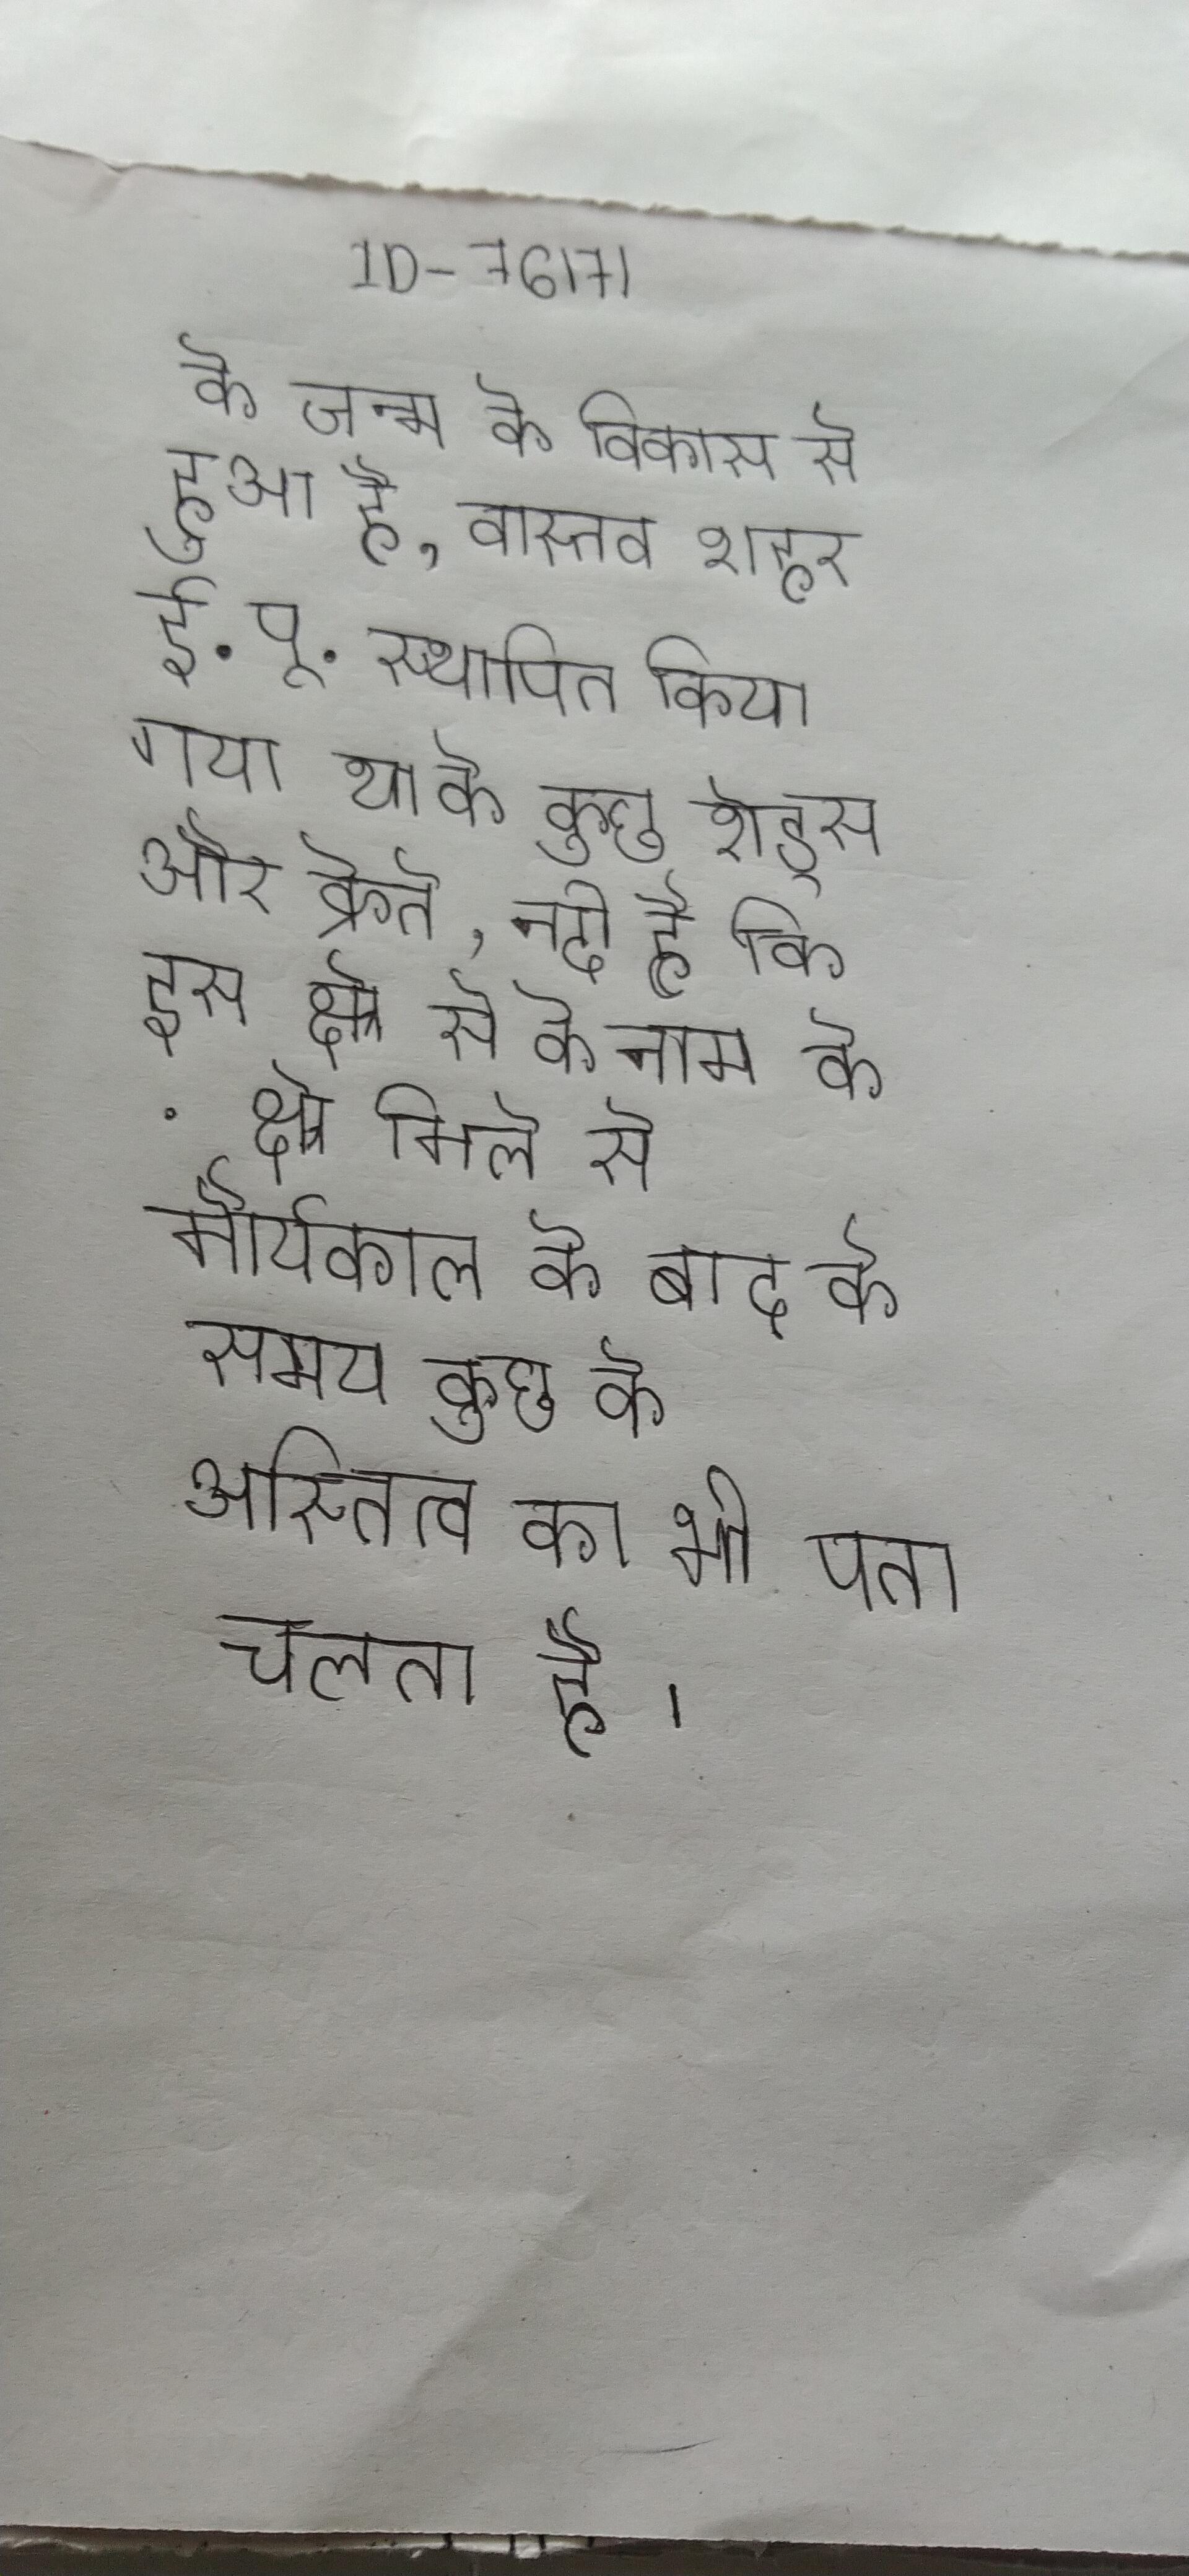
के जन्म के विकास से हुआ है, वास्तव शहर ई.पू. स्थापित किया गया था के कुछ रोड्स और क्रेते, नदी है कि इस क्षेत्र से के नाम के . क्षेत्र मिले से मौर्यकाल के बाद के समय कुछ के अस्तित्व का भी पता चलता है ।